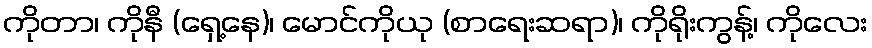
ကိုတာ၊ ကိုနီ (ရှေ့နေ)၊ မောင်ကိုယု (စာရေးဆရာ)၊ ကိုရိုးကွန့်၊ ကိုလေး